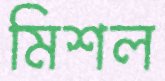
মিশল